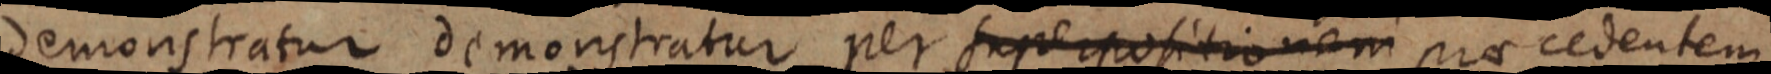
demonstratur demonstratur per superpositionam praecedentem